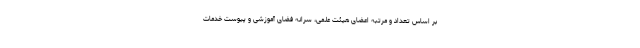
بر اساس تعداد و مرتبه اعضای هیئت علمی، سرانه فضای آموزشی و پیوست خدمات